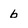
Character: b